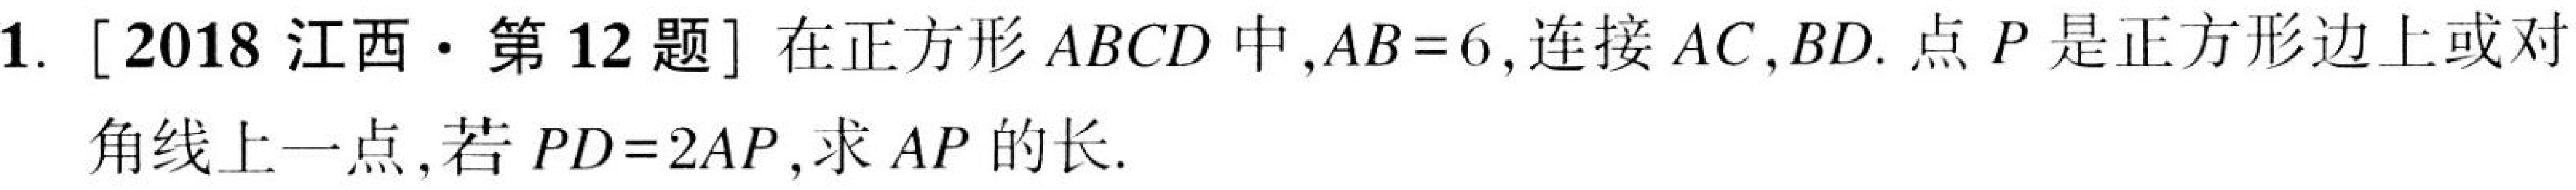
1. [2018 江西·第 12 题] 在正方形 \(ABCD\) 中，\(AB = 6\)，连接 \(AC\)，\(BD\). 点 \(P\) 是正方形边上或对
角线上一点，若 \(PD = 2AP\)，求 \(AP\) 的长.